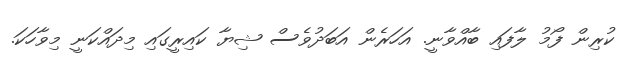
ކުރިން ފޯމު ލާފައި ބާއްވާނީ. އަހަރެން އަބަދުވެސް ޝިޔާ ކައިރީގައި މިދައްކަނީ މިވާހަކަ.